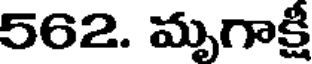
562. మృగాక్షి